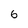
Character: 6